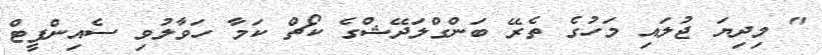
" މިދިޔަ ޖުލައި މަހުގެ ތެރޭ ބަންގްލަދޭޝްގެ ކޯޗް ކަމާ ހަވާލުވި ސެއިންފީޓް